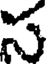
స